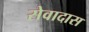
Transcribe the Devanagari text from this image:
सेवादास